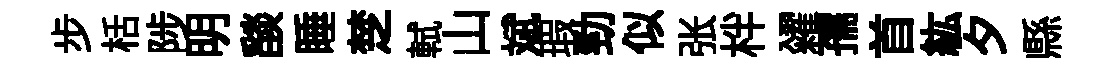
步栝陟明𦦨睡椘軾山斌瑕勁似张柈糴孺首紘夕縣